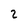
Character: 2